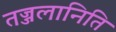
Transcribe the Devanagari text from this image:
तज्जलानिति